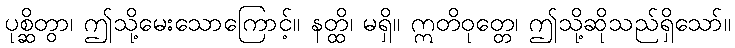
ပုစ္ဆိတွာ၊ ဤသို့မေးသောကြောင့်။ နတ္ထိ၊ မရှိ။ ဣတိဝုတ္တေ၊ ဤသို့ဆိုသည်ရှိသော်။